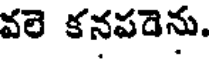
వలె కనపడెను.